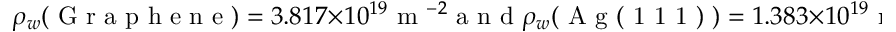
\rho _ { w } ( \mathrm { ~ G ~ r ~ a ~ p ~ h ~ e ~ n ~ e ~ } ) = 3 . 8 1 7 \times 1 0 ^ { 1 9 } \mathrm { ~ m ~ } ^ { - 2 } \mathrm { ~ a ~ n ~ d ~ } \rho _ { w } ( \mathrm { ~ A ~ g ~ ( ~ 1 ~ 1 ~ 1 ~ ) ~ } ) = 1 . 3 8 3 \times 1 0 ^ { 1 9 } \mathrm { ~ m ~ } ^ { - 2 } )